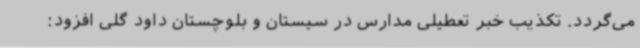
می‌گردد. تکذیب خبر تعطیلی مدارس در سیستان و بلوچستان داود گلی افزود: